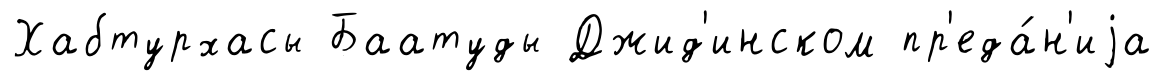
Хабтурхасы Баатуды Джид'инском пр'еда́н'иjа